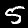
Digit: 5